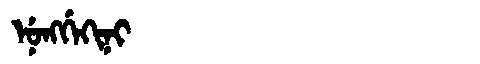
Manchu: ᠨᡠᠩᡤᡝᡴᡳᠨᡳ
Romanization: NUNGGEKINI